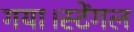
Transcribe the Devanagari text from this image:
गया।स्टेंगल